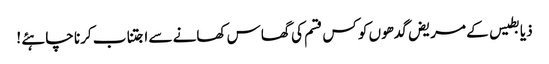
ذیابطیس کے مریض گدھوں کو کس قسم کی گھاس کھانے سے اجتناب کرنا چاہئے !